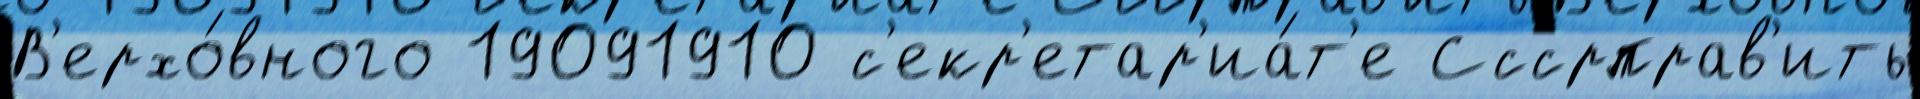
В'ерхо́вного 19091910 с'екр'етар'иа́т'е Сссрправ'ить